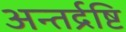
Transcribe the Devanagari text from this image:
अन्तर्द्रष्टि